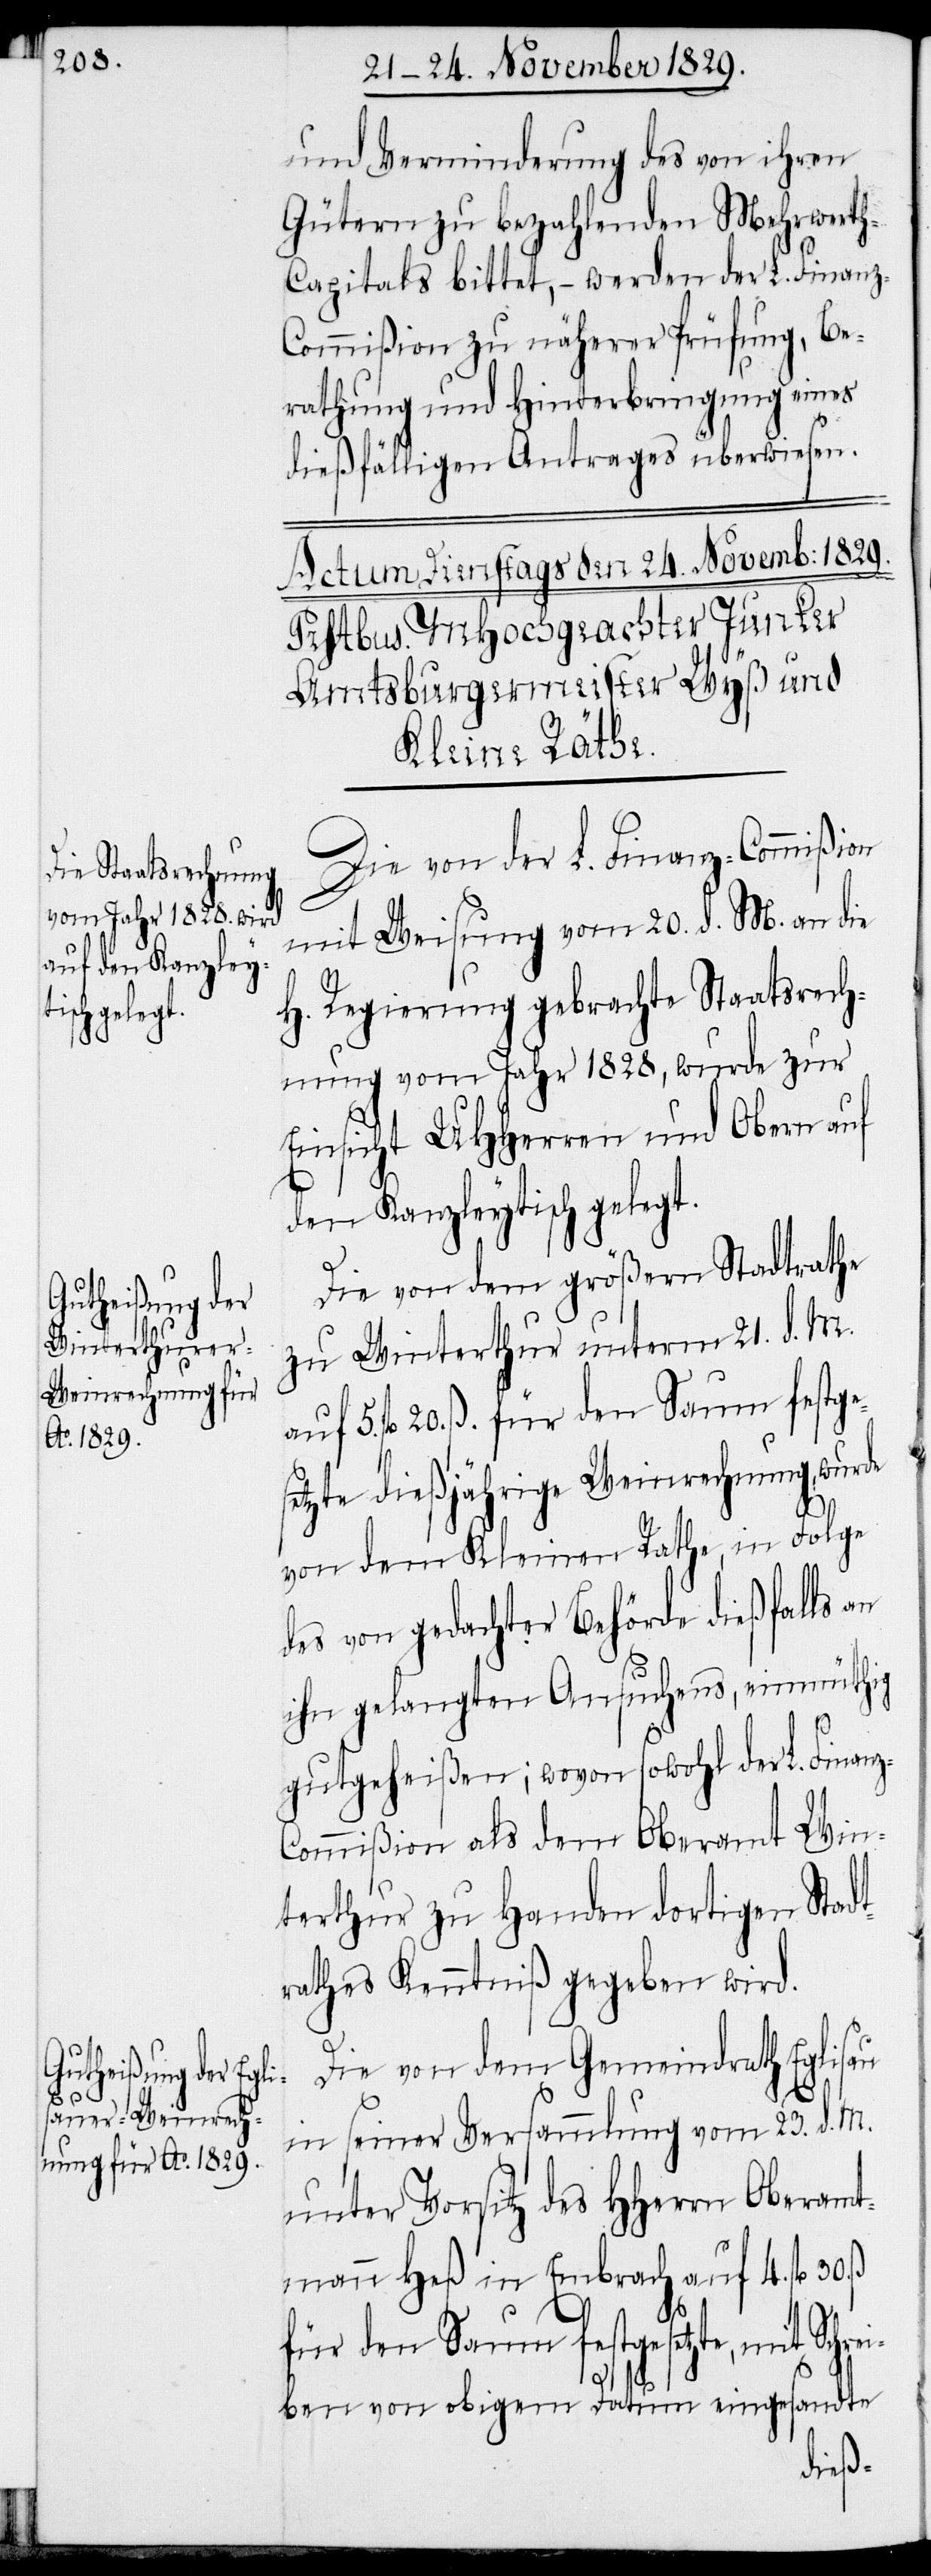
und Verminderung des von ihren
Gütern zu bezahlenden Mehrwert¬
h-Capitals bittet, – werden der L. Finanz-C¬
ommißion zu näherer Prüfung, Be¬
rathung und Hinterbringung eines
dießfälligen Antrages überwiesen.
Die von der L. Finanz-Commißion
mit Weisung vom 20. d. M. an die
H. Regierung gebrachte Staatsrech¬
nung vom Jahr 1828, wurde zur
Einsicht UHHerren und Obern auf
den Kanzleytisch gelegt.
5.
Die von dem Großen Stadtrathe
zu Winterthur unterm 21. d. M.
fl. 20. ß für den Saum festges¬
etzte dießjährige Weinrechnung, wur¬
von dem Kleinen Rathe, in folge
des von gedachter Behörde dießfalls an
ihn gelangten Ansuchens, einmüthig
z-C¬
gutgeheißen; wovon sowohl der L. Finan¬
ommißion als dem Oberamt Win¬
terthur zu Handen dortigen Stadt¬
rathes Kenntniß gegeben wird.
Die von dem Gemeindrath Eglisau
in seiner Versammlung vom 23. d. M.
unter Vorsitz des HHerrn Oberamt¬
mann Heß in Embrach auf 4. fl 30.
für den Saum festgesetzte, mit Schre¬
iben von obigem Datum eingesandte